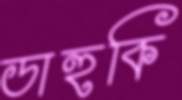
ডাহুকি